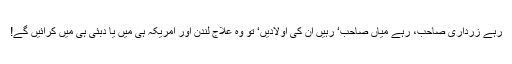
رہے زرداری صاحب، رہے میاں صاحب‘ رہیں ان کی اولادیں‘ تو وہ علاج لندن اور امریکہ ہی میں یا دبئی ہی میں کرائیں گے!